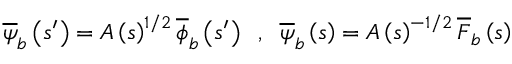
\overline { { \psi } } _ { b } \left( s ^ { \prime } \right) = A \left( s \right) ^ { 1 / 2 } \overline { { \phi } } _ { b } \left( s ^ { \prime } \right) \; \; , \; \; \overline { { \psi } } _ { b } \left( s \right) = A \left( s \right) ^ { - 1 / 2 } \overline { { F } } _ { b } \left( s \right)